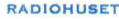
RADIOHUSET